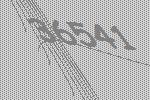
36541